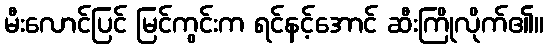
မီးလောင်ပြင် မြင်ကွင်းက ရင်နင့်အောင် ဆီးကြိုလိုက်၏။